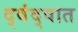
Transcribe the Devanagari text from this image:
द्वंद्वात